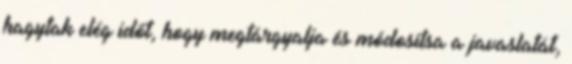
hagytak elég időt, hogy megtárgyalja és módosítsa a javaslatát,